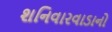
શનિવારવાડાનો